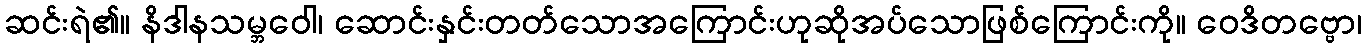
ဆင်းရဲ၏။ နိဒါနသမ္ဘဝေါ၊ ဆောင်းနှင်းတတ်သောအကြောင်းဟုဆိုအပ်သောဖြစ်ကြောင်းကို။ ဝေဒိတဗ္ဗော၊